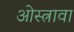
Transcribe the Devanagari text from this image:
ओस्त्रावा